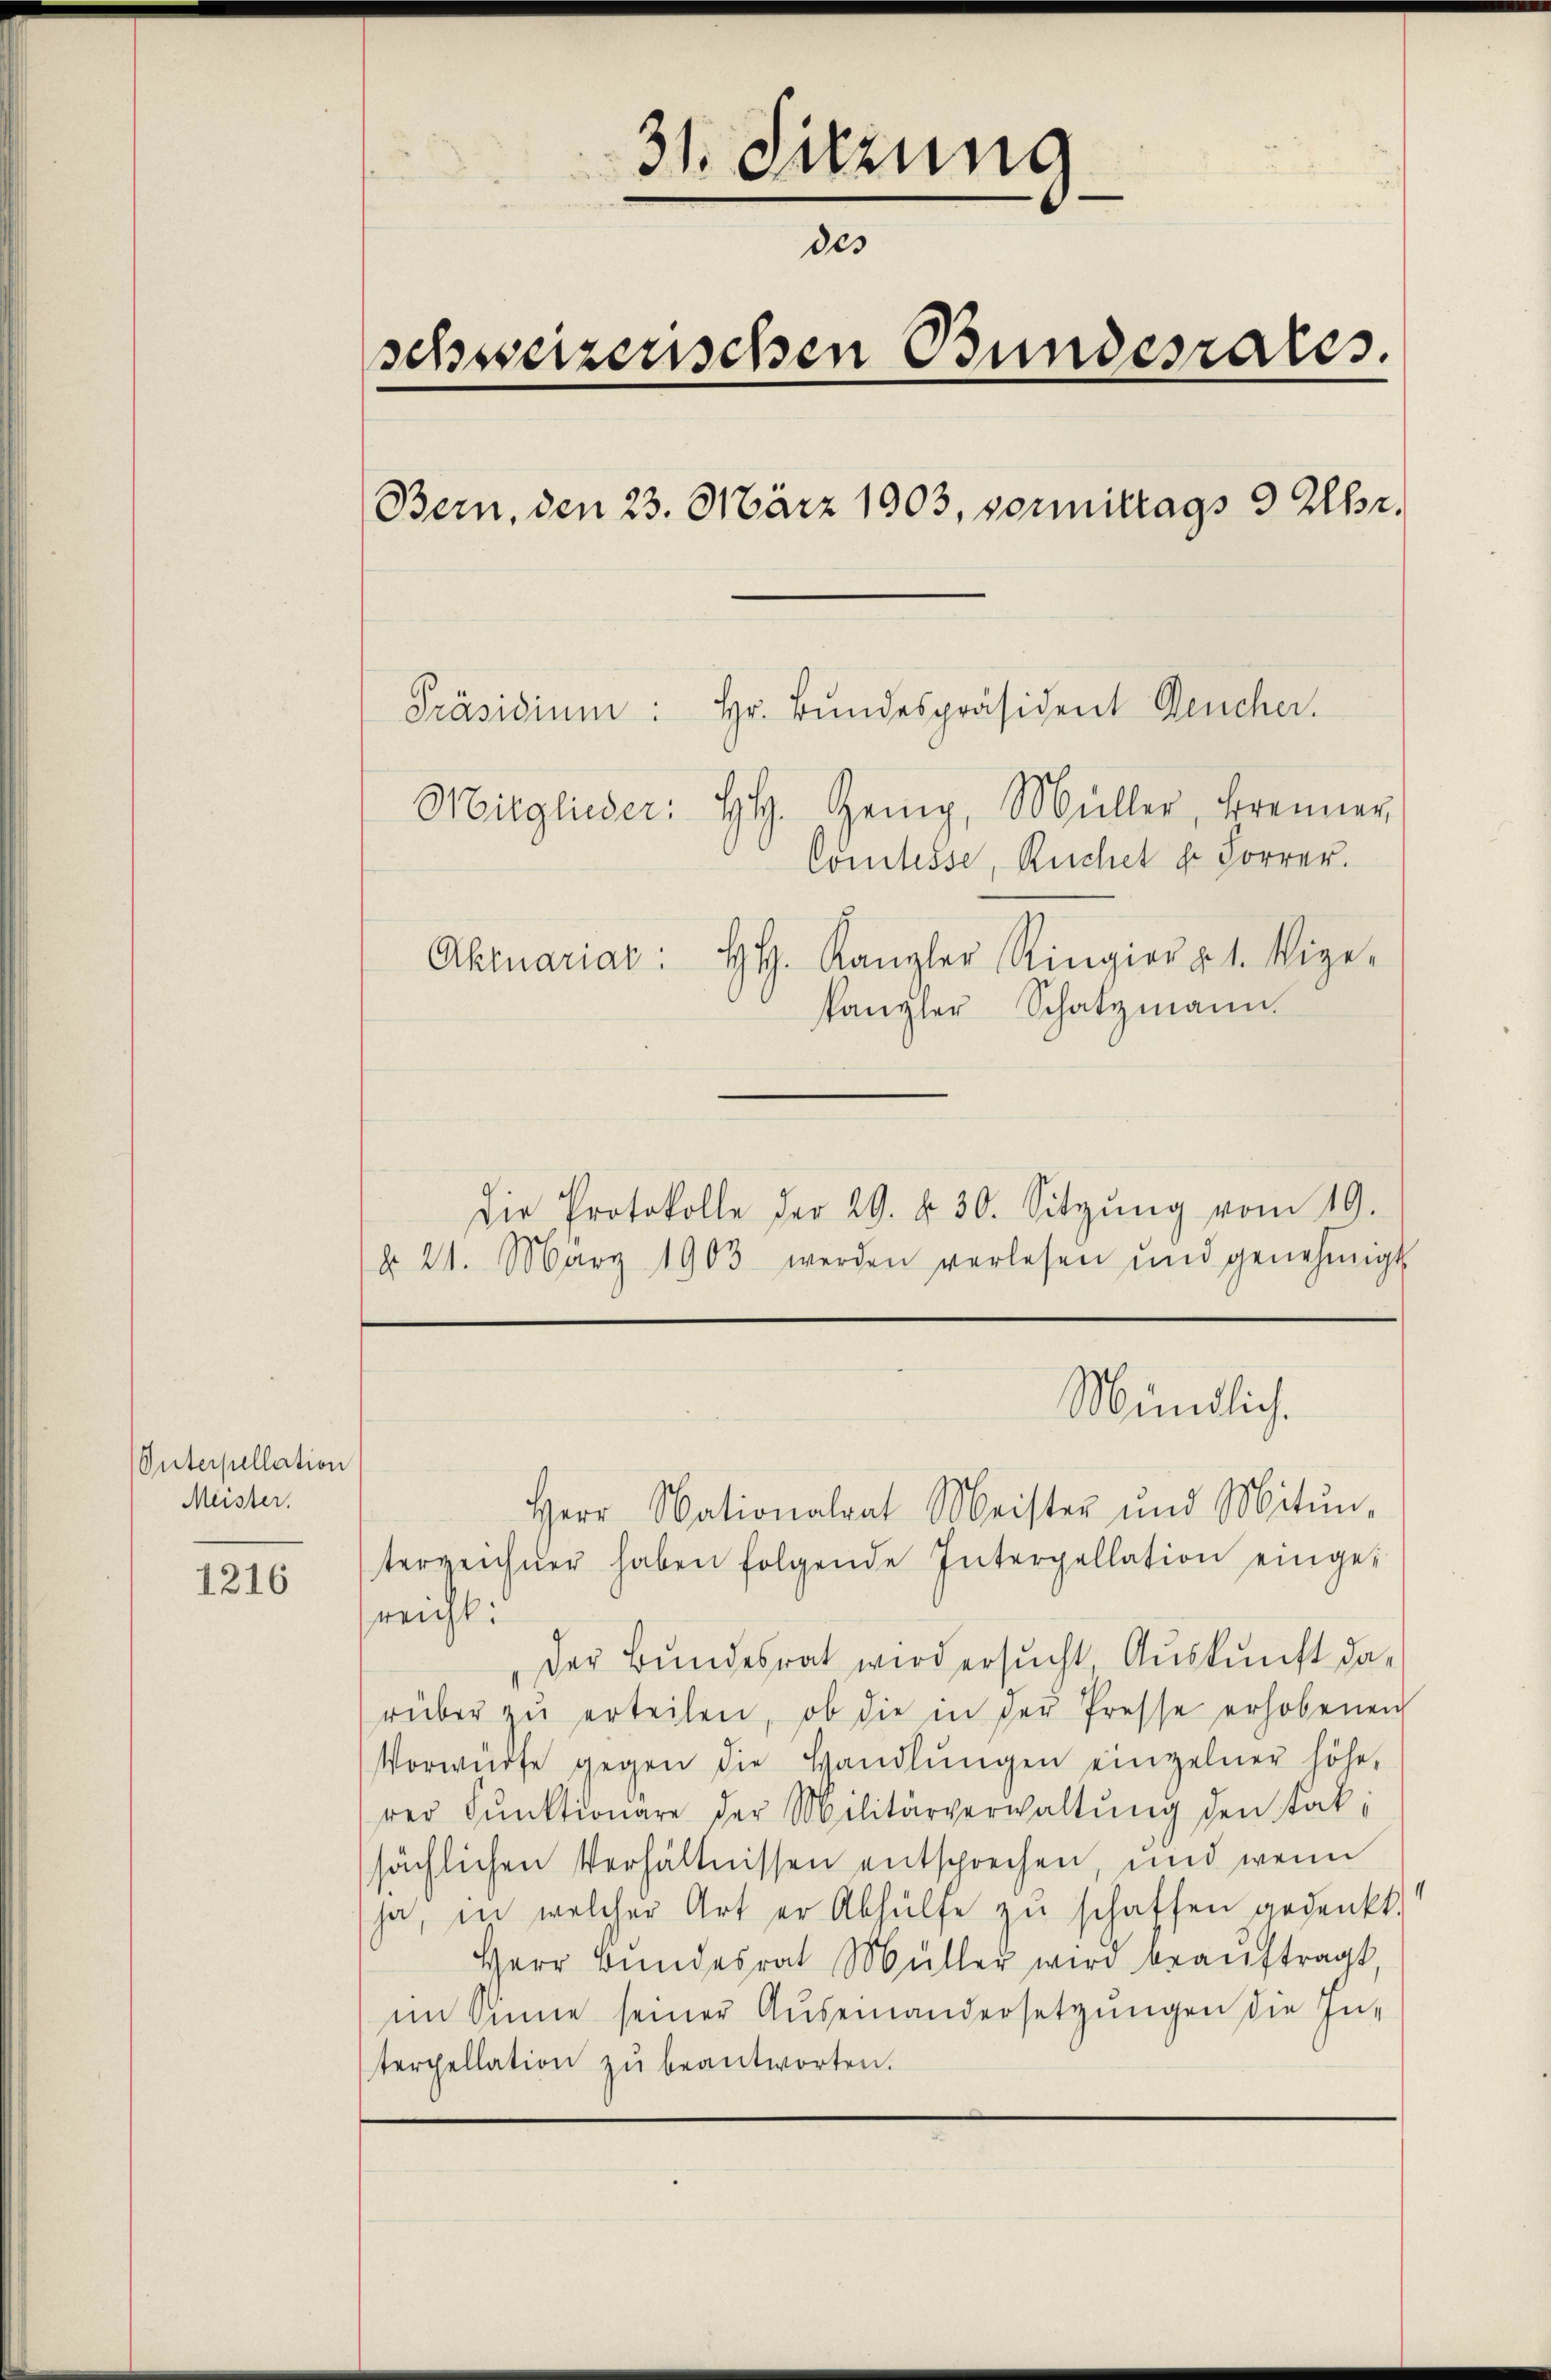
Onterpellation
Meister.

1216

31. Sitzung
des
schweizerischen Bundesrates.
Bern, den 23. März 1903, vormittags 9 Uhr.
Präsidium: Hr. Bŭndespräsident Deucher.
Mitglieder: HH. Zeig, Müller, Brenner
Comtesse, Ruchet dr Forrer.
Aktuariac: H. Kanzler Ringier u 1. Vize-
kanzler Schatzmann.

die Protokolle der 29. v. 30. Sitzŭng vom 19.
§ 21. März 1903 werden verlesen und genehmigt

Mündlich.

Herr Nationalrat Meister und Mitŭn-
terzeichner haben folgende Interpellation eingereicht:
Der Bundesrat wird ersucht, Auskunft darüber zŭ erteilen, ob die in der Presse erhobenen
Vorwürfe gegen die Handlŭngen einzelner höhe,
rer Funktionare der Militärverwaltŭng den Taksächlichen Verhältnissen entsprechen, und wenn
ja, in welcher Art er Abhülfe zŭ schaffen gedenkt.
Herr Bundesrat Müller wird beaŭftragt,
im Sinne seiner Auseinandersetzungen die In-
terpellation zŭ beantworten.